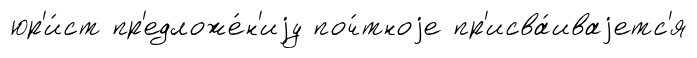
юр'и́ст пр'едложе́н'иjу поч́тноjе пр'исва́иваjетс'я